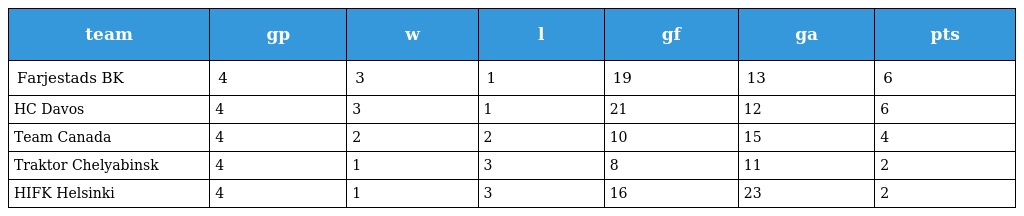
| team | gp | w | l | gf | ga | pts |
 | --- | --- | --- | --- | --- | --- | --- |
 | Farjestads BK | 4 | 3 | 1 | 19 | 13 | 6 |
 | HC Davos | 4 | 3 | 1 | 21 | 12 | 6 |
 | Team Canada | 4 | 2 | 2 | 10 | 15 | 4 |
 | Traktor Chelyabinsk | 4 | 1 | 3 | 8 | 11 | 2 |
 | HIFK Helsinki | 4 | 1 | 3 | 16 | 23 | 2 |